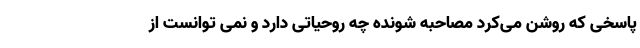
پاسخی که روشن می‌کرد مصاحبه شونده چه روحیاتی دارد و نمی توانست از